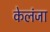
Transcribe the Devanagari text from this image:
केलंजा